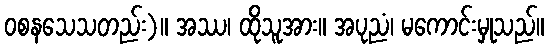
ဝစနသေသတည်း)။ အဿ၊ ထိုသူအား။ အပုညံ၊ မကောင်းမှုသည်။